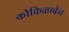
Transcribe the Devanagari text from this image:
कोकिळाबेन